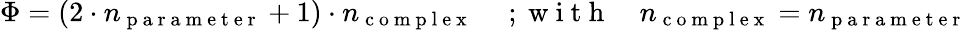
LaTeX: \Phi=(2\cdot n_{\mathrm{~p~a~r~a~m~e~t~e~r~}}+1)\cdot n_{\mathrm{~c~o~m~p~l~e~x~}}\quad\mathrm{~;~w~i~t~h~}\quad n_{\mathrm{~c~o~m~p~l~e~x~}}=n_{\mathrm{~p~a~r~a~m~e~t~e~r~}}